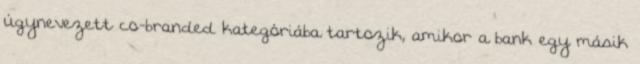
úgynevezett co-branded kategóriába tartozik, amikor a bank egy másik